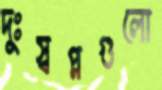
দুঃস্বপ্নগুলো